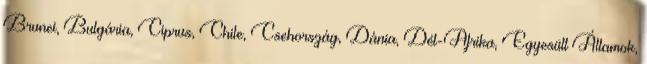
Brunei, Bulgária, Ciprus, Chile, Csehország, Dánia, Dél-Afrika, Egyesült Államok,